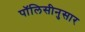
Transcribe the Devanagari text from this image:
पॉलिसीनुसार